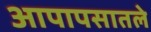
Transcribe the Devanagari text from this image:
आपापसातले